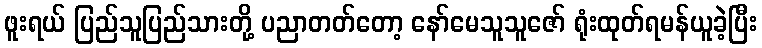
ဖူးရယ် ပြည်သူပြည်သားတို့ ပညာတတ်တော့ နော်မေသူသူဇော် ရုံးထုတ်ရမန်ယူခဲ့ပြီး